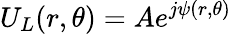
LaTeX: U_{L}(r,\theta)=Ae^{j\psi(r,\theta)}